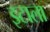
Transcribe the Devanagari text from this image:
इटाला